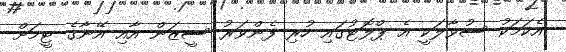
އެކަމަކު ސުވާލަކީ އެ ޕްލޮޓުގައި ހުރި ފެންވަރު ސީޒަން އާއި އޭނާގެ ޓީމަށް